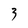
Character: 3